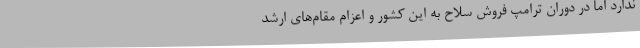
ندارد اما در دوران ترامپ فروش سلاح به این کشور و اعزام مقام‌های ارشد